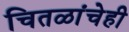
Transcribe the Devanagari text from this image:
चितळांचेही